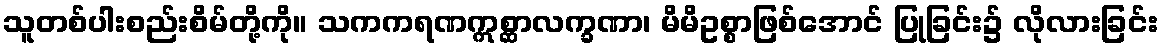
သူတစ်ပါးစည်းစိမ်တို့ကို။ သကကရဏဣစ္ဆာလက္ခဏာ၊ မိမိဥစ္စာဖြစ်အောင် ပြုခြင်း၌ လိုလားခြင်း